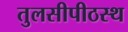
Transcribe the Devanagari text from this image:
तुलसीपीठस्थ